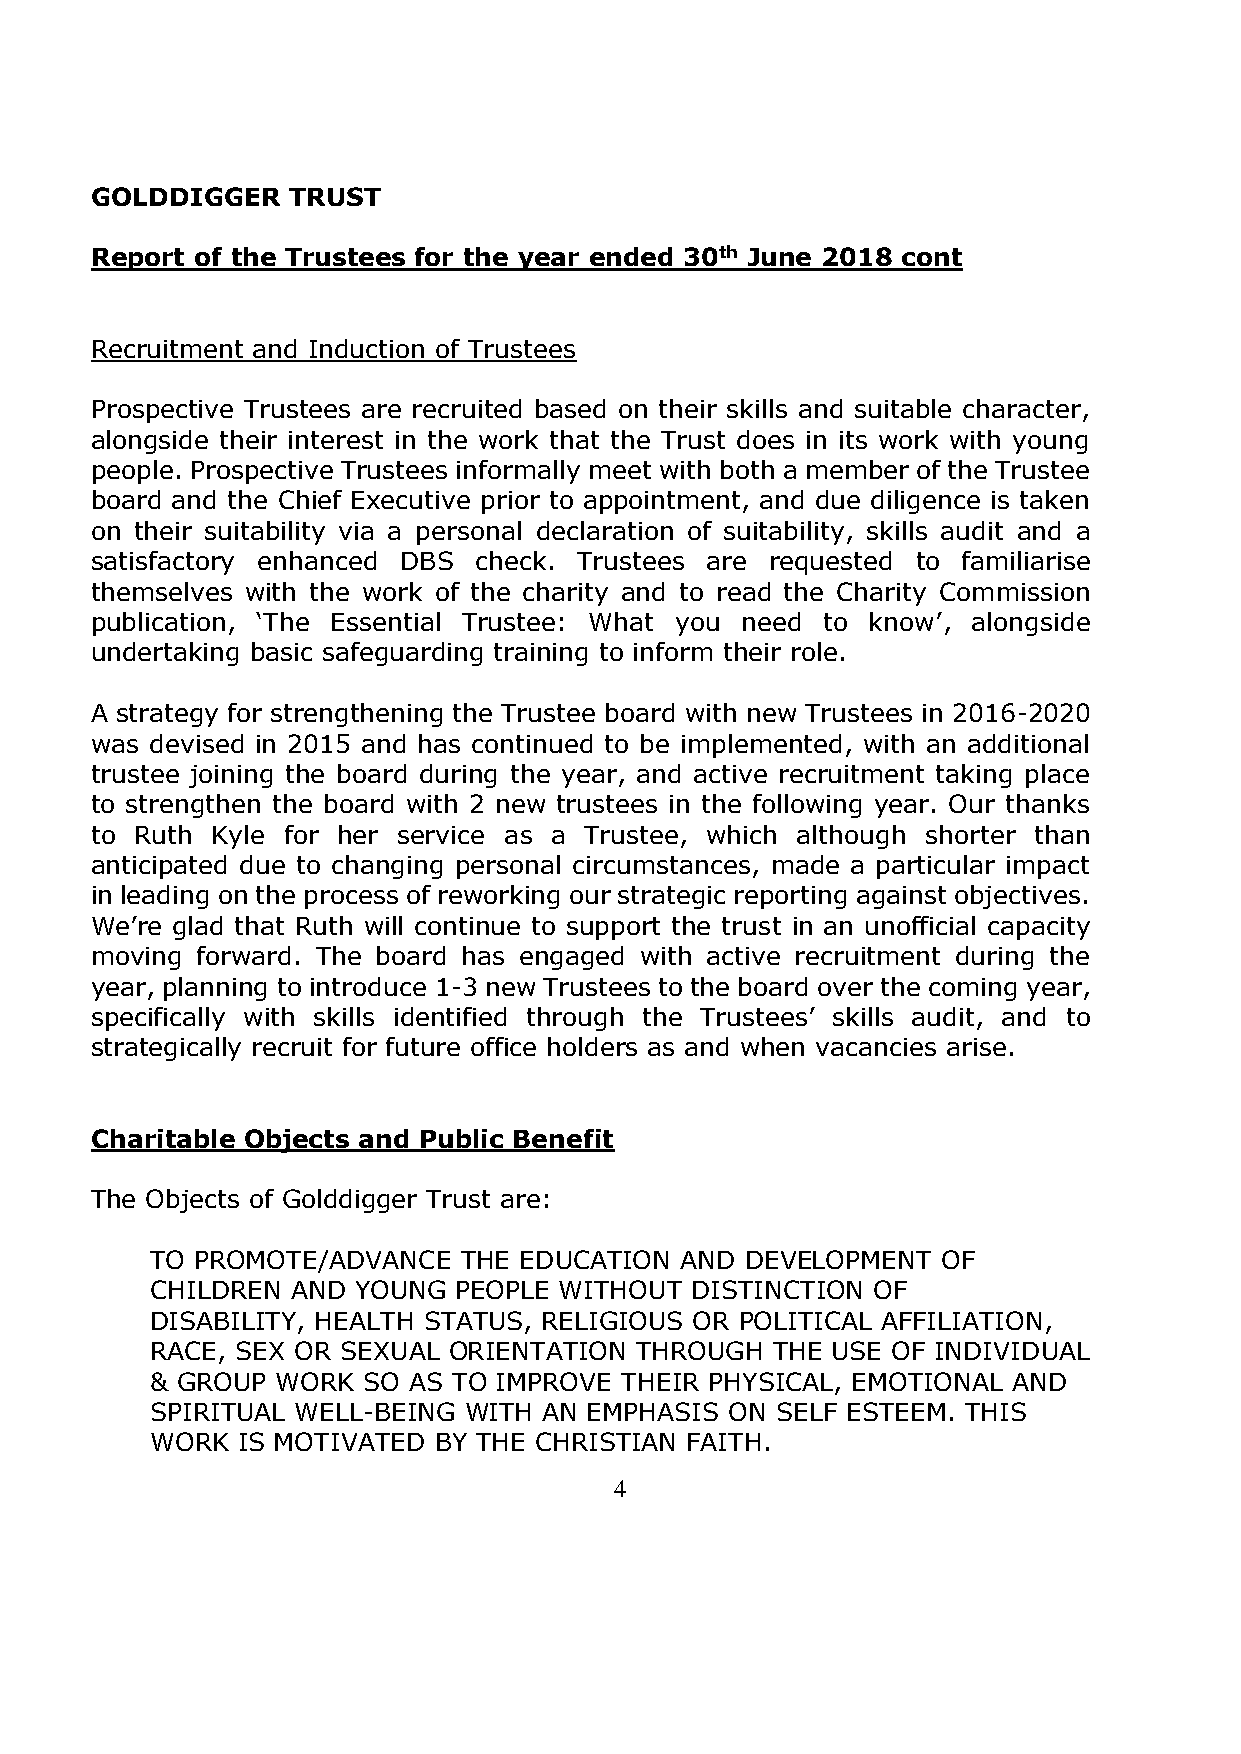
GOLDDIGGER   TRUST
 Report of the Trustees for the year ended 30th June 2018 cont
 Recruitment and Induction of Trustees
 Prospective Trustees are recruited based on their skills and suitable character,
 alongside their interest in the work that the Trust does in its work with young
 people. Prospective Trustees informally meet with both a member of the Trustee
 board and the Chief Executive prior to appointment, and due diligence is taken
 on their suitability via a personal declaration of suitability, skills audit and a
 satisfactory enhanced DBS check. Trustees are requested to familiarise
 themselves with the work of the charity and to read the Charity Commission
 publication, ‘The Essential Trustee: What you need to know’, alongside
 undertaking basic safeguarding training to inform their role.
 A strategy for strengthening the Trustee board with new Trustees in 2016-2020
 was devised in 2015 and has continued to be implemented, with an additional
 trustee joining the board during the year, and active recruitment taking place
 to strengthen the board with 2 new trustees in the following year. Our thanks
 to Ruth Kyle for her service as a Trustee, which although shorter than
 anticipated due to changing personal circumstances, made a particular impact
 in leading on the process of reworking our strategic reporting against objectives.
 We’re glad that Ruth will continue to support the trust in an unofficial capacity
 moving forward. The board has engaged with active recruitment during the
 year, planning to introduce 1-3 new Trustees to the board over the coming year,
 specifically with skills identified through the Trustees’ skills audit, and to
 strategically recruit for future office holders as and when vacancies arise.
 Charitable Objects and Public Benefit
 The Objects of Golddigger Trust are:
 TO PROMOTE/ADVANCE  THE EDUCATION  AND DEVELOPMENT  OF
 CHILDREN AND YOUNG  PEOPLE WITHOUT  DISTINCTION OF
 DISABILITY, HEALTH STATUS, RELIGIOUS OR POLITICAL AFFILIATION,
 RACE, SEX OR SEXUAL ORIENTATION THROUGH  THE USE OF INDIVIDUAL
 & GROUP WORK  SO AS TO IMPROVE THEIR PHYSICAL, EMOTIONAL AND
 SPIRITUAL WELL-BEING WITH AN EMPHASIS ON SELF ESTEEM. THIS
 WORK  IS MOTIVATED BY THE CHRISTIAN FAITH.
 4